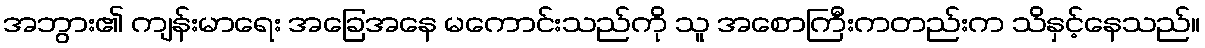
အဘွား၏ ကျန်းမာရေး အခြေအနေ မကောင်းသည်ကို သူ အစောကြီးကတည်းက သိနှင့်နေသည်။